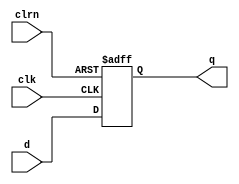
module dff32 (d,clk,clrn,q);
   input  [31:0] d;
   input         clk,clrn;
   output [31:0] q;
	
   reg [31:0]    q;
	
	initial
	begin
		q = 0;
	end
	
   always @ (negedge clrn or posedge clk)
      if (clrn == 0) begin
          q <= 0;
      end else begin
          q <= d;
      end
endmodule